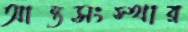
আন্তসংস্থার